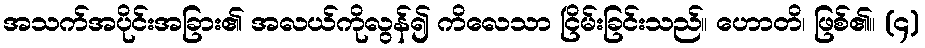
အသက်အပိုင်းအခြား၏ အလယ်ကိုလွန်၍ ကိလေသာ ငြိမ်းခြင်းသည်။ ဟောတိ၊ ဖြစ်၏။ (၄)